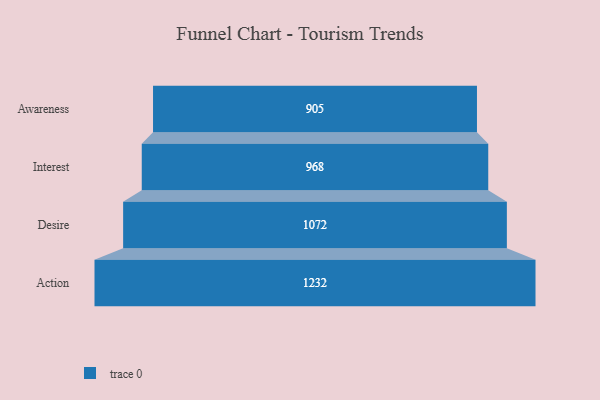
{"axis": {"x": "Stage", "y": "Value"}, "legend": [""], "data": [{"x": "Awareness", "y": 905.0, "type": ""}, {"x": "Interest", "y": 968.0, "type": ""}, {"x": "Desire", "y": 1072.0, "type": ""}, {"x": "Action", "y": 1232.0, "type": ""}]}